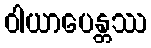
ဝါယာပေန္တဿ